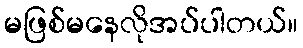
မဖြစ်မနေလိုအပ်ပါတယ်။